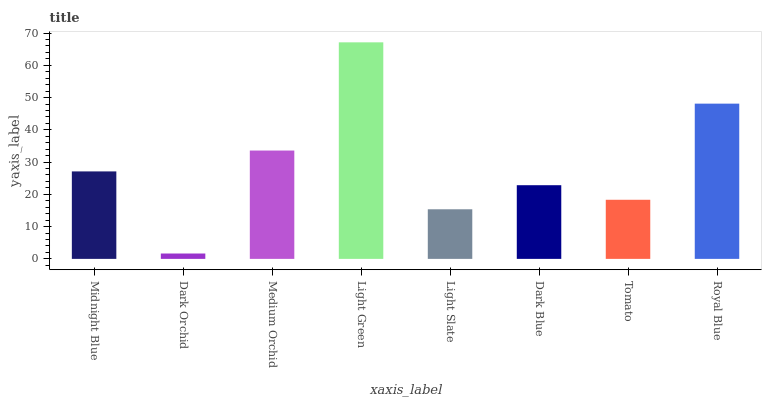
| xaxis_label | bars |
 | --- | --- |
 | Midnight Blue | 27.1 |
 | Dark Orchid | 1.66 |
 | Medium Orchid | 33.6 |
 | Light Green | 67.1 |
 | Light Slate | 15.4 |
 | Dark Blue | 22.8 |
 | Tomato | 18.3 |
 | Royal Blue | 48.1 |